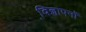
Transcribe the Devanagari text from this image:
वि़ज्ञापनों